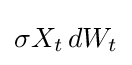
\sigma X_{t}\,dW_{t}